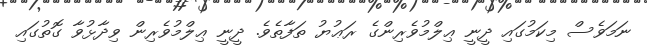
ނަމަވެސް މިކަމުގައި ދީނީ ޢިލްމުވެރިންގެ ރަޢުޔު ތަފާތެވެ. ދީނީ ޢިލްމުވެރިން ވިދާޅުވާ ގޮތުގައި